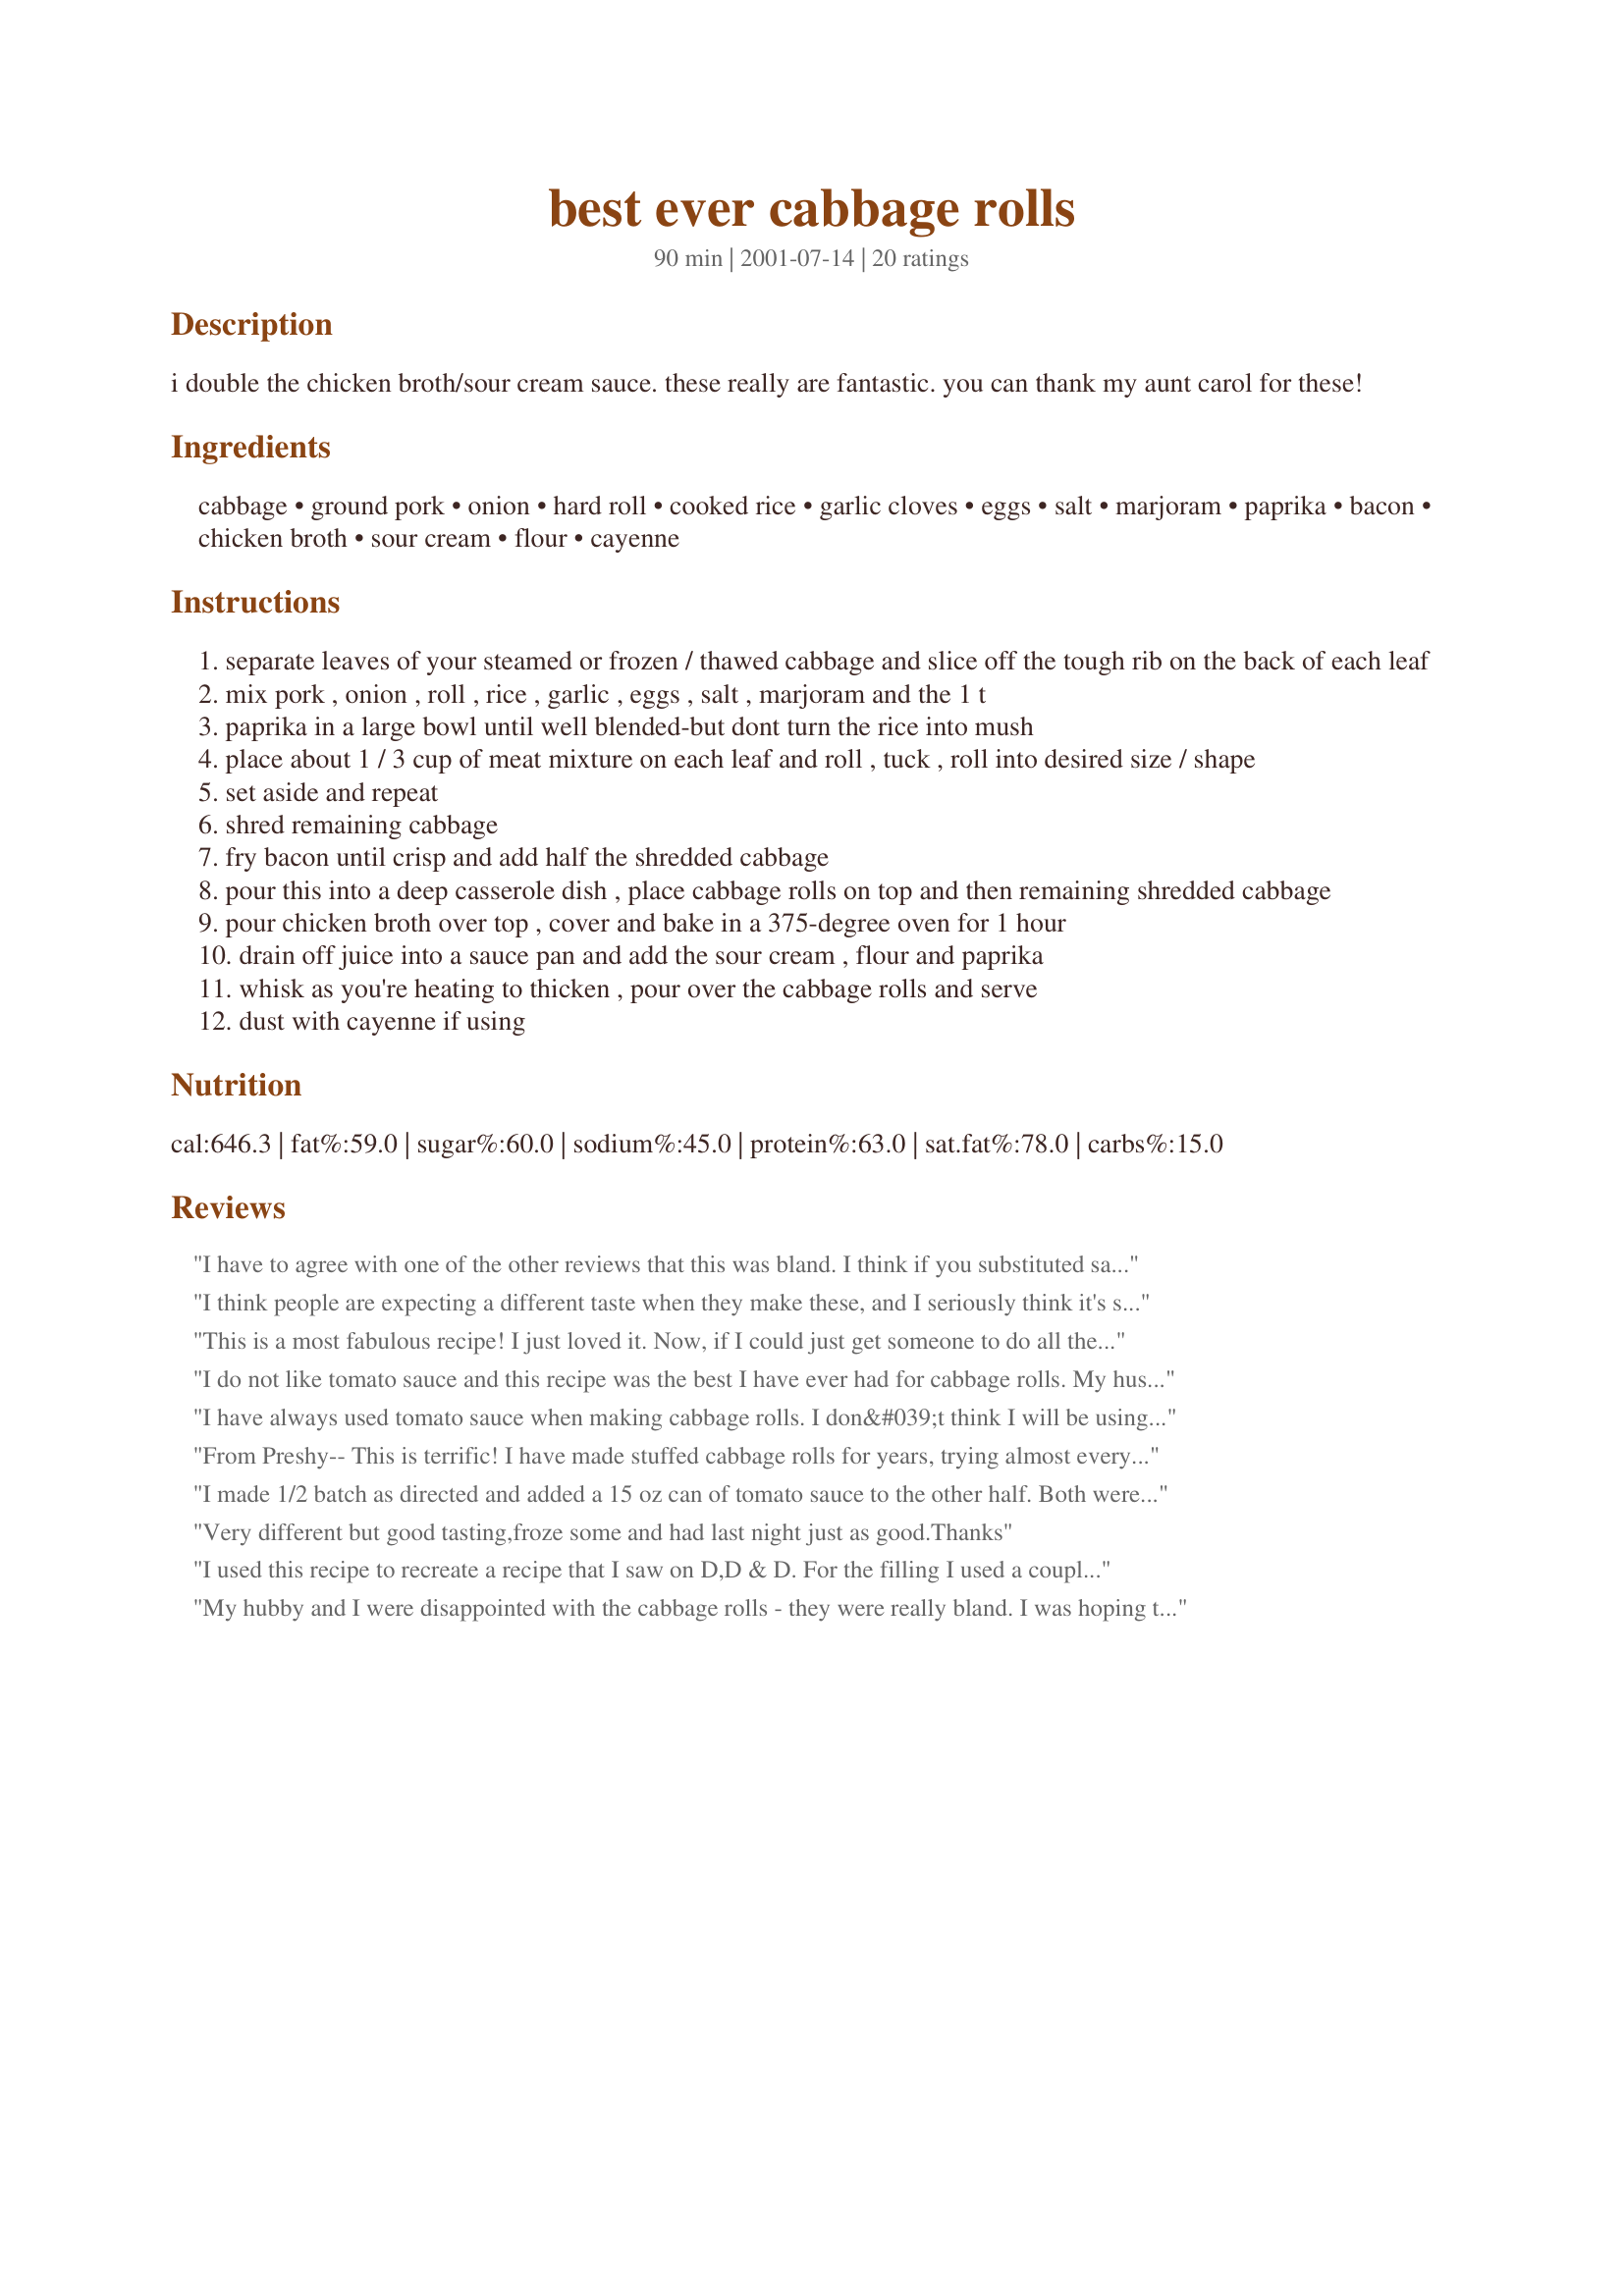
best ever cabbage rolls
Preparation time: 90 minutes

i double the chicken broth/sour cream sauce. these really are fantastic. you can thank my aunt carol for these!

Ingredients:
cabbage, ground pork, onion, hard roll, cooked rice, garlic cloves, eggs, salt, marjoram, paprika, bacon, chicken broth, sour cream, flour, cayenne

Steps:
separate leaves of your steamed or frozen / thawed cabbage and slice off the tough rib on the back of each leaf
mix pork , onion , roll , rice , garlic , eggs , salt , marjoram and the 1 t
paprika in a large bowl until well blended-but dont turn the rice into mush
place about 1 / 3 cup of meat mixture on each leaf and roll , tuck , roll into desired size / shape
set aside and repeat
shred remaining cabbage
fry bacon until crisp and add half the shredded cabbage
pour this into a deep casserole dish , place cabbage rolls on top and then remaining shredded cabbage
pour chicken broth over top , cover and bake in a 375-degree oven for 1 hour
drain off juice into a sauce pan and add the sour cream , flour and paprika
whisk as you're heating to thicken , pour over the cabbage rolls and serve
dust with cayenne if using

Reviews:
I have to agree with one of the other reviews that this was bland. I think if you substituted sausage for the ground pork or used tomatoe sauce it would be more flavorful.
I think people are expecting a different taste when they make these, and I seriously think it's something you acquire growing up in a polish or ukrainian household. I thought these were great! I usually make my grandmothers recipe, but wanted something different :)

Cabbage rolls are bland until you serve them with a big dollop of sour cream Mmmmm... dobreeee!
This is a most fabulous recipe! I just loved it. Now, if I could just get someone to do all the 'leaves' prep. I wish I knew the most efficient and easiest way to de-leaf the cabbage. I also added a mini bit of homemade tomato sauce to the 'sauce'.... just to give it a rosy glow and a hint of tomato... but not strong.
I do not like tomato sauce and this recipe was the best I have ever had for cabbage rolls. My husband wants me to make it once a week. You may serve this for guests for dinner, they will love it sharron cant vancouver b.C.
I have always used tomato sauce when making cabbage rolls. I don&#039;t think I will be using tomato sauce anymore. I made these last night and they were fabulous! The only thing I did different was, I used ground beef instead of the pork. Great recipe! Thank you!
From Preshy-- This is terrific! I have made stuffed cabbage rolls for years, trying almost every recipe I have come across, and this one is the best. I has a wonderful flavor and will definitely be on my list for casual company dinners. I put more filling in each roll and it took a larger pan. My choice for sides were mashed potatoes and green beans.
I made 1/2 batch as directed and added a 15 oz can of tomato sauce to the other half. Both were awsome and well worth the effort.
Very different but good tasting,froze some and had last night just as good.Thanks
I used this recipe to recreate a recipe that I saw on D,D & D. For the filling I used a couple of pounds of mashed potatoes mixed with a cup of sour cream, three T. of whole seed mustard, some s&p and about a pound and a half of cooked cubed corned beef. The rest was done as per recipe with double the sauce. Thanks Dib's for helping this come together for me!
My hubby and I were disappointed with the cabbage rolls - they were really bland. I was hoping to find a cabbage roll recipe that didn't require tomato sauce/soup, but, this isn't the one. Sorry I can't give more 'stars'.
Followed this recipe to the letter except for substituting ground beef for half of the meat portion. The recipe itself wasn't BAD...it was just really bland. I think that adding some tomato sauce (or something else to add some flavor to the sauce) to the recipe as Rickie suggested might be helpful.
THIS IS SOOO WONDERFUL. Thanks for this superb recipe. Both my husband and I just loved it, and since we both love cabbage, I will fix it often.
To make the cabbage preparation a cinch, this is my tip: Core cabbage, wash, and wrap in a clean dish towel, then microwave for about 5 minutes (this is an estimate). After the cabbage cools off, leaves can be easily removed.
What a great dish, I purposely fixed enough for two meals. Put some red potatoes right on top to bake along, and it worked out great.
ingrid
I&#039;m a real fan of the cabbage rolls in a tomato based sauce and now I like this &#039;white&#039; version every bit as much if not more. I am a little clumsy and slow when making a new recipe so it took me a little upwards of 2 hours to get it all done. I did use the microwave tip left by a previous reviewer and in future will use that method to remove the leaves - that did take longer than 5 minutes but when you haven&#039;t had the forethought to freeze the cabbage it works really well. I made a couple of adjustments because I was missing marjoram and for some reason I &#039;thought&#039; that the recipe called for white wine. The largest ingredient in Herbs de Province is marjoram so I used that - a little more than called for. As I clearly can&#039;t read I added cayenne in with the meat mixture and then read the last line and went ahead and dusted it on top as well. Very brave for heat wimp moi. :) Oh, and the wine I bought specially if unnecessarily for this recipe went in as well as the stock. Probably just 1/4 cup. I served the cabbage rolls on a bed of the shredded cabbage and bacon and drenched it with the sauce. It was amazing. Thanks for sharing this gem. I&#039;m so glad to have a bunch left over to freeze! Next time I will quadruple that sauce!
I loved this!! !!!

Trying to stay away from too much acidic foods, like the popular cabbage rolls in tomato sauce.. this was SOO Good and the ground pork flavor was great, more fluffier, lighter in taste.

amberngriffinco
.. i have not tried to make cabbage rolls before, but i LOVE cabbage. the rolls looked beautiful, next time i'll cook them a little longer so that the cabbage softens up a bit more, and only one out of 7 people eating this cared for the sauce.. so maybe i'll try a tomato sauce when i make this again.. thx
I played around with the amount but the end results was definitely great.

selvi
Yes, DiB, please thank your dear aunt, these were incredibly good! The only changes I made were purely accidental as I wasn't prepared when I decided to make these. I didn't have a bread roll and I didn't have time to actually "Roll" the cabbage rolls. I made them into a lazy American version with all the cabbage chopped and slightly sauteed before proceeding with the recipe. My family didn't mind and gobbled it up. Thank you so much, I hope you don't think I ruined your family recipe! We loved it whether it was Rolled or not! Imagine a 3 and 5 year old asking for seconds and thirds, really, a big it!
This is one of the best recipes I have made from Zaar! I can't stop eating it. I doubled the marjoram and added a teaspoon of cayenne directly into the sauce, just because I like extra spice. And you were right, next time I will double the sauce. Thanks!
I used 1/2 pork, 1/2 beef, basil, in place of marjoram, but added mint to my tomato. My husband always had a problem with acidity until I started to grow mint. Whenever I make anything with tomato I throw in a sprig and take it out before I serve it. Now it doesn't bother him. My aunt claims lemon juice? But this is a great family dinner!
I had to buy 2 heads of cabbage to get 5 lbs worth, and I wasn't sure if I had to separate the leaves before steaming or not, but I left the heads whole. This was an awful LOT of cabbage! I put this in a 10x15x2 pan and I still couldn't use all of it! I added it to the bacon to try to wilt it down some, for a couple minutes. Gave it a nice flavor! Also wasn't sure what size of roll to use, and I am only familiar with a sour dough hard roll. I was unable to find one anywhere! Can you believe it? I had to use a multigrain roll! I couldn't get the sauce to thicken up, even after adding more flour, but I'm sure I did something wrong. This is a delicious recipe for cabbage rolls, that my family really enjoyed, but I must be honest and say I prefer the tomato sauce that normally goes with cabbage rolls. This is a wonderful change from the ordinary! Thanks for posting!
